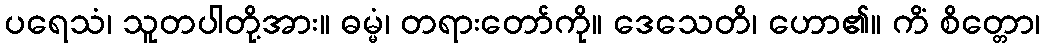
ပရေသံ၊ သူတပါတို့အား။ ဓမ္မံ၊ တရားတော်ကို။ ဒေသေတိ၊ ဟော၏။ ကိံ စိတ္တော၊